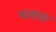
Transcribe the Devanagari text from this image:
बनाऊ